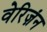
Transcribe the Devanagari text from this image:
वेरिज़ंन